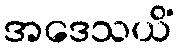
အဒေသယိံ